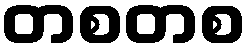
တစတစ